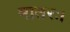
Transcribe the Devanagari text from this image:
मातरः।